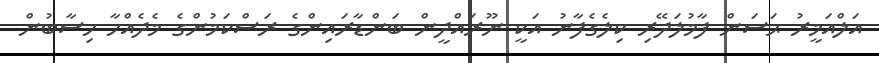
އަލްއަމީރު ޙަސަން ފާމުލަދޭރި ކިލެގެފާނު އަކީ ނޫރައްދީން ބަންޑާރައިންގެ ރަސްކަމުންގެ މެދެއްހާ ހިސާބުން